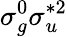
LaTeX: \sigma_{g}^{0}\sigma_{u}^{*2}